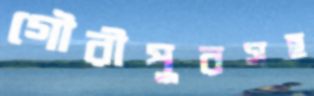
গৌরীপুরসহ